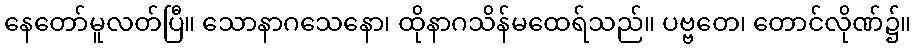
နေတော်မူလတ်ပြီ။ သောနာဂသေနော၊ ထိုနာဂသိန်မထေရ်သည်။ ပဗ္ဗတေ၊ တောင်လိုဏ်၌။